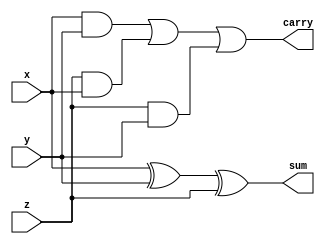
module full_adder1b(
    input x, y, z,
    output sum, carry
);
    assign sum = x ^ y ^ z;
    assign carry = ((x & y) | (z & x) | (z & y));

endmodule

module inverse(
    input [3:0] bin2,
    input cin,
    output [3:0] bin3
);  

    wire [3:0] select = {cin,cin,cin,cin};
    assign bin3 = (select ^ bin2);

endmodule


module adder4b(
    input [3:0] bin1, 
    input [3:0] bin3,
    input cin,
    output [3:0] sum,
    output carry
);  
    
    wire cout1, cout2, cout3;

    full_adder1b adder1(bin1[0], bin3[0], cin, sum[0], cout1);
    full_adder1b adder2(bin1[1], bin3[1], cout1, sum[1], cout2);
    full_adder1b adder3(bin1[2], bin3[2], cout2, sum[2], cout3);
    full_adder1b adder4(bin1[3], bin3[3], cout3, sum[3], carry);
     
endmodule

module tb_adder4b(
	output reg [3:0] bin1, bin2,
    output reg cin,
	input [3:0]sum,
    input carry
);
	initial begin
		$monitor("%t, When bin1=%b, bin2=%b cin=%b then Result is =%b , Carry =%b",$time,bin1,bin2,cin,sum,carry);
		   {bin1,bin2,cin} = 9'b010110100;
		#5 {bin1,bin2,cin} = 9'b001111101;
		#5 {bin1,bin2,cin} = 9'b111100110;
		#5 {bin1,bin2,cin} = 9'b011100011;
		#5 {bin1,bin2,cin} = 9'b000000011;
		#5 {bin1,bin2,cin} = 9'b111100000;
		#5 {bin1,bin2,cin} = 9'b011100011;
		#5 {bin1,bin2,cin} = 9'b011100010;
        #5 $finish;
	end
endmodule

module wb;
    wire [3:0] bin1, bin2, sum, bin3;
    wire cin, carry;
    initial begin
        $dumpfile("adder.vcd");
        $dumpvars(0, wb);
    end
    inverse newbin (bin2,cin,bin3);
    adder4b dut (bin1, bin3, cin, sum, carry);
    tb_adder4b tb (bin1, bin2, cin, sum, carry);
endmodule